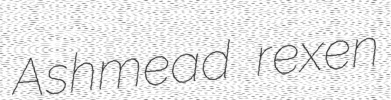
Ashmead rexen